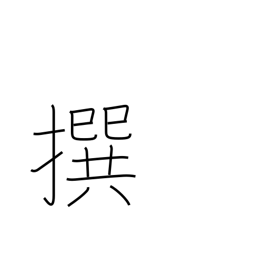
Meaning: selecting